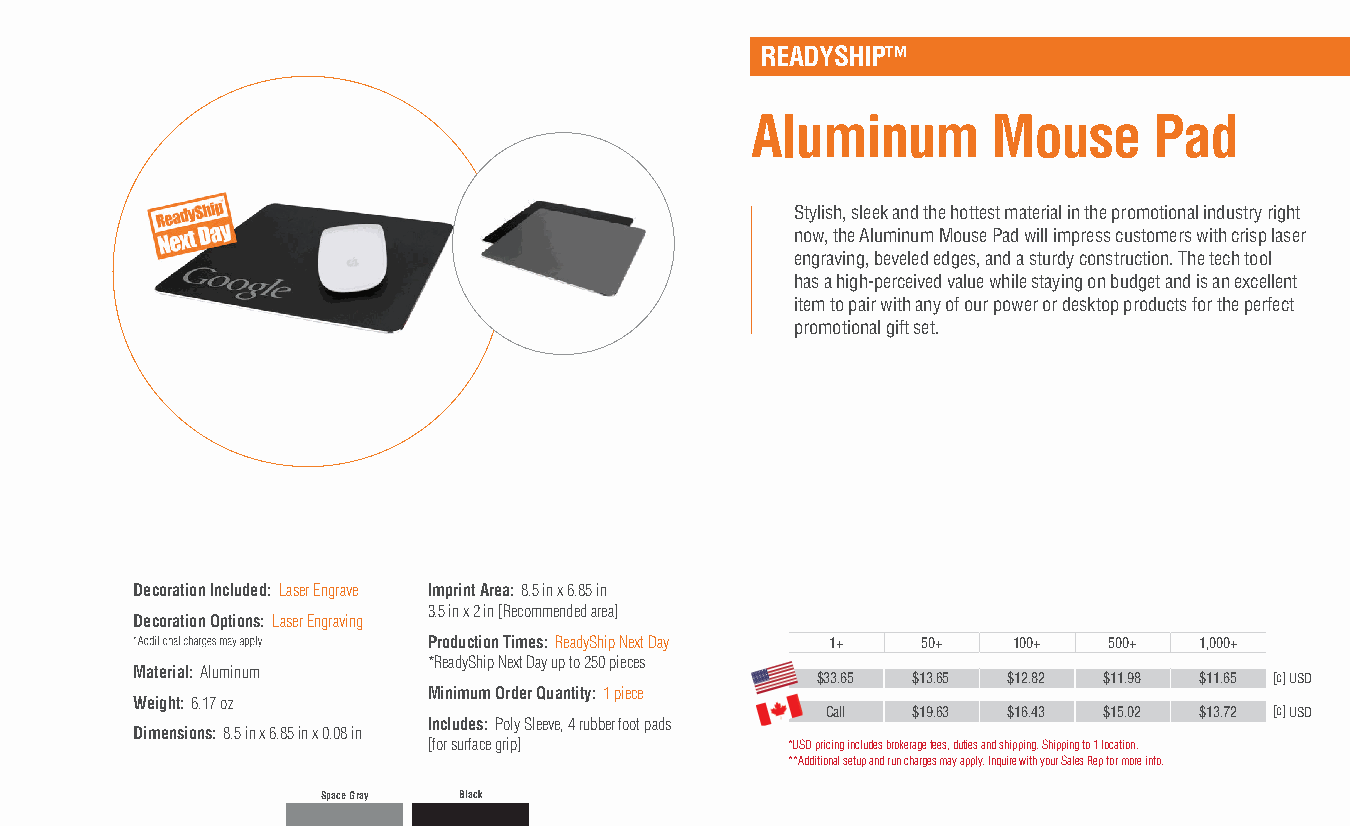
READYSHIP™
 Aluminum        Mouse     Pad
 Stylish, sleek and the hottest material in the promotional industry right
 now, the Aluminum Mouse Pad will impress customers with crisp laser
 engraving, beveled edges, and a sturdy construction. The tech tool
 has a high-perceived value while staying on budget and is an excellent
 item to pair with any of our power or desktop products for the perfect
 promotional gift set.
 Decoration Included: Laser Engrave Imprint Area: 8.5 in x 6.85 in
 3.5 in x 2 in [Recommended area]
 Decoration Options: Laser Engraving
 Production Times: ReadyShip Next Day 1+ 50+ 100+ 500+ 1,000+
 *ReadyShip Next Day up to 250 pieces
 Material: Aluminum                           $33.65 $13.65 $12.82 $11.98 $11.65 [c] USD
 Minimum Order Quantity: 1 piece
 Weight: 6.17 oz
 Call $19.63 $16.43 $15.02 $13.72 [c] USD
 Includes: Poly Sleeve, 4 rubber foot pads
 Dimensions: 8.5 in x 6.85 in x 0.08 in
 [for surface grip]      *USD pricing includes brokerage fees, duties and shipping. Shipping to 1 location.
 **Additional setup and run charges may apply. Inquire with your Sales Rep for more info.
 Space Gray Black